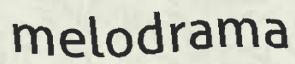
melodrama